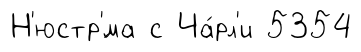
Н'юстр'́ма с Ча́рл'и 5354